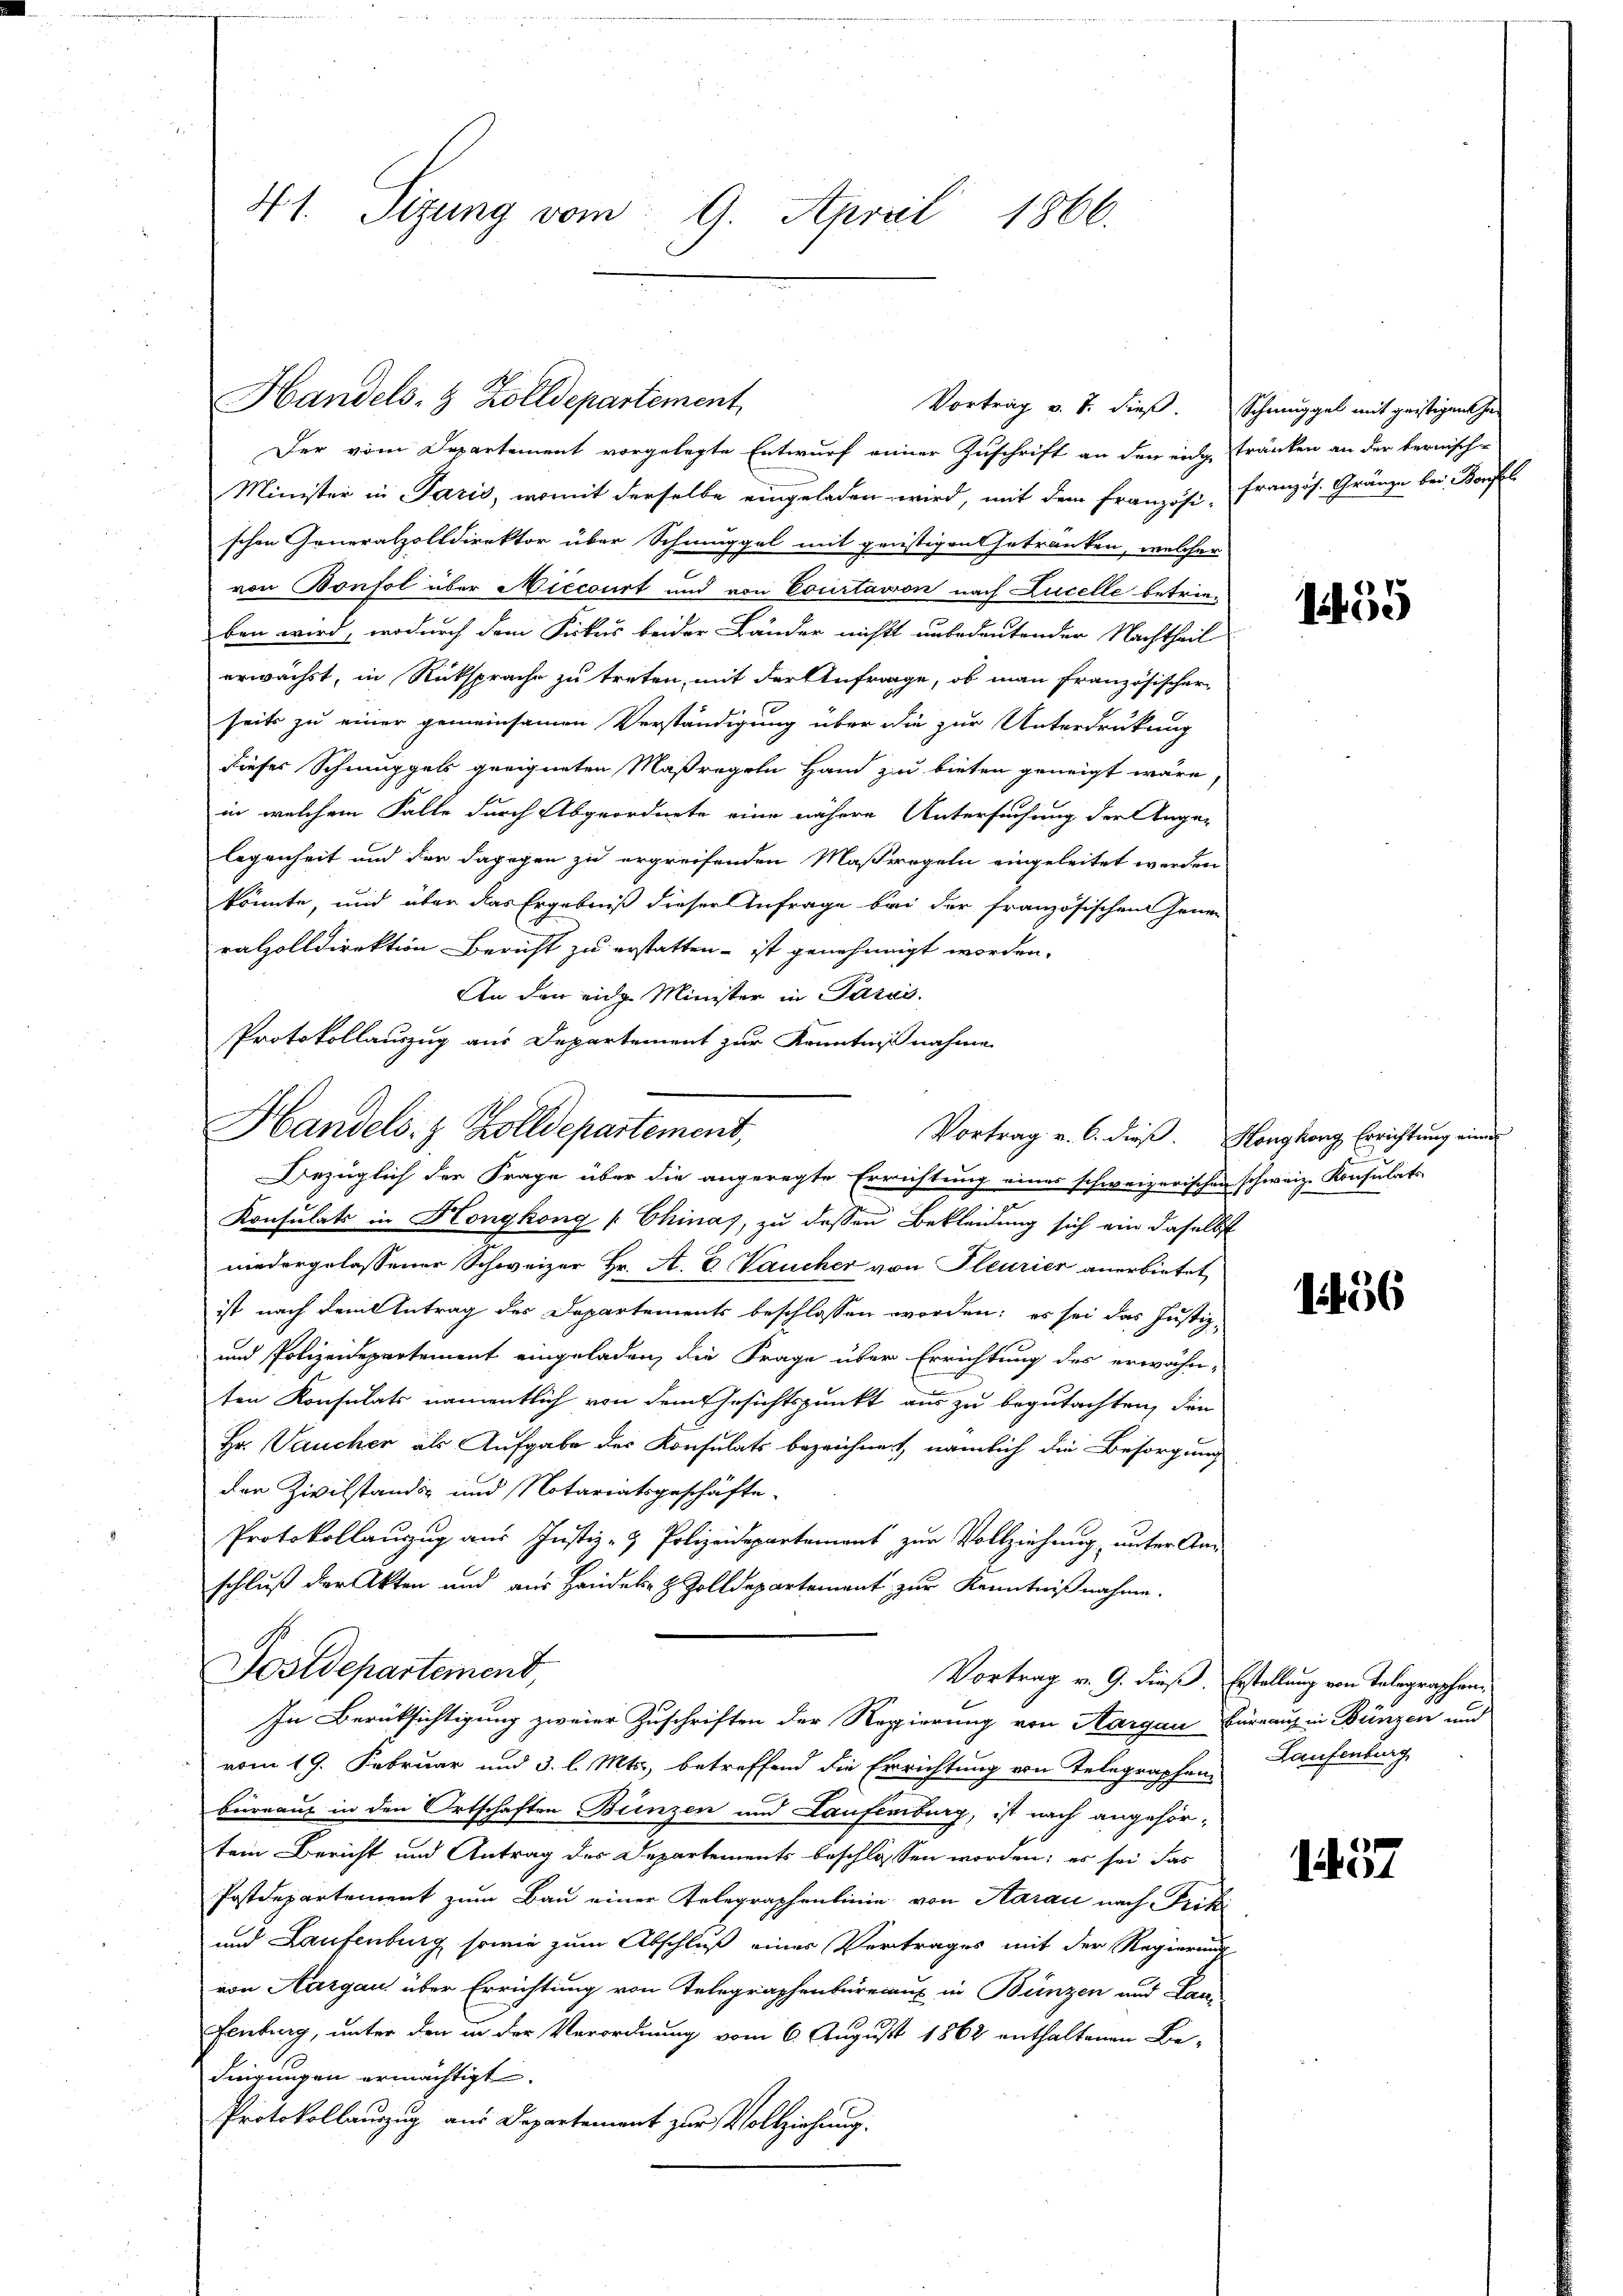
41. Sizung vom 9. April 1866.

Handels- & Zolldepartement,

Der vom Departement vorgelegte Entwurf einer Zuschrift an den eines Tränken an der bernisch-
Minister in Paris, womit derselbe eingeladen wird, mit dem Französi-Französ. Gränze bei Borel
schen Generalzolldirektor über Schmuggel mit genstigen Getränken, welcher
von Bonfol über Miecourt und von Courtavon nach Lucelle betrieben wird, wodurch dem Sickes beider Bänder nichts unbedeutender Nachtheil
erwächst, in Rücksprache zu treten, mit der Anfrage, ob man französischer-
seits zu einer gemeinsamen Verständigung über die zur Unterdrückung
dieses Schmuggels geeigneten Maßregeln Hand zu bieten geneigt wäre,
in welchem Falle durch Abgeordnete eine nähere Untersuchung der Ange-
legenheit und der dagegen zu ergreifenden Maßregeln eingeleitet werden
könnte, und über das Ergebniß dieser Anfrage bei der französischen Jenen
ralzolldirektion Bericht zu erstatten- ist genehmigt worden.
An den eidg. Minister in Pazus.
Protokollauszug aus Departement zur Kenntnißnahme

Handels. z. Zolldepartement,

Postdepartement,

Bezüglich der Frage über die angeregte Errichtung eines schweizerischen schweiz. Konsulats
Konsulats in Honykong / Chinas, zu dessen Bekleidung sich ein daselbst
niedergelassener Schweizer Hr. A. E. Vaucher von Pleurier anerbietet
ist nach dem Antrag des Departements beschlossen worden; es sei das Justiz-
und Polizeidepartement eingeladen, die Frage über Errichtung des erwähn-
ten Konsulats namentlich von dem Gesichtspunkt aus zu begutachten, den
Hr. aucher als Aufgabe des Konsulats bezeichnert, nämlich die Besorgung
den Zivilständig und Notariatsgeschäfte.
Protokollauszug aus Justiz- & Polizeidepartement zur Vollziehung unter An-
schluß der Akten und aus Handel- & Zolldepartement zur Kenntnißnahme.
Vortrag v. 9. dieß. Erstellung von Telegraphen¬
In Berücksichtigung zweier Zuschriften der Regierung von Aargau Bureaus in Bünzen und
vom 19. Februar und 3. l. Mts., betreffend die Errichtung von Telegraphen-
büreaux in den Ortschaften Bunzen und Laufenburg, ist nach angehör-
tem Bericht und Antrag der Departements beschlossen worden; es sei das
Postdepartement zum Bau einer Telegraphenlinie von Aarau nach Frik
und Laufenburg sowie zum Abschluß einer Vertrages mit der Regierung
von Aargau über Errichtung von Telegraphenbüreaus in Bünzen und Lan-
Fenburg, unter den in der Verordnung vom 6. August 1862 enthaltenen Bedingungen ermächtigt.
Protokollauszug aus Departement zur Vollziehung.

Vortrag v. 6. dieß. Honghorg Errichtung eine

Vortrag v. J. dieß. Schmuggel mit geistigentha

155

1456

Laufenburg

1437